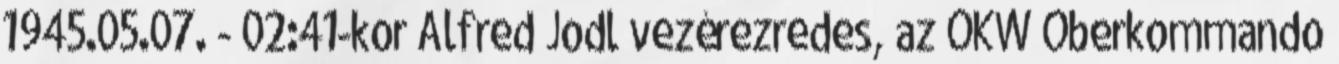
1945.05.07. - 02:41-kor Alfred Jodl vezérezredes, az OKW Oberkommando